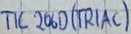
Text: TIC206D(TRIAC)